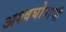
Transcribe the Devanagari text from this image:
अश्वघोषाची